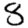
Digit: 8